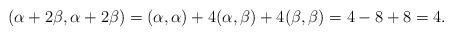
LaTeX: \begin{align*} (\alpha+2\beta, \alpha+2\beta) = (\alpha, \alpha) + 4(\alpha,\beta) + 4(\beta, \beta) = 4 - 8 + 8 = 4.\end{align*}